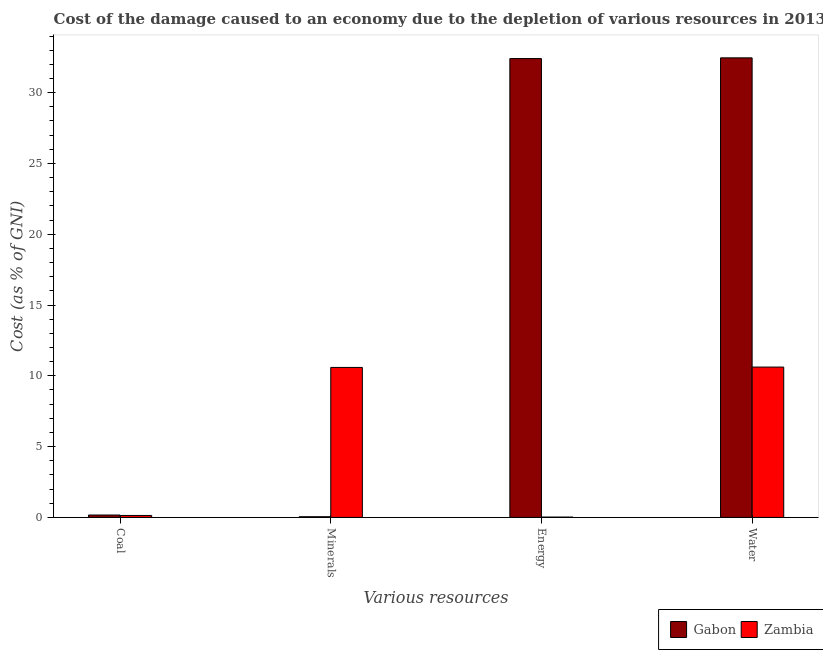
| Various resources | Gabon | Zambia |
 | --- | --- | --- |
 | Coal | 0.17 | 0.138 |
 | Minerals | 0.0493 | 10.6 |
 | Energy | 32.4 | 0.0251 |
 | Water | 32.5 | 10.6 |